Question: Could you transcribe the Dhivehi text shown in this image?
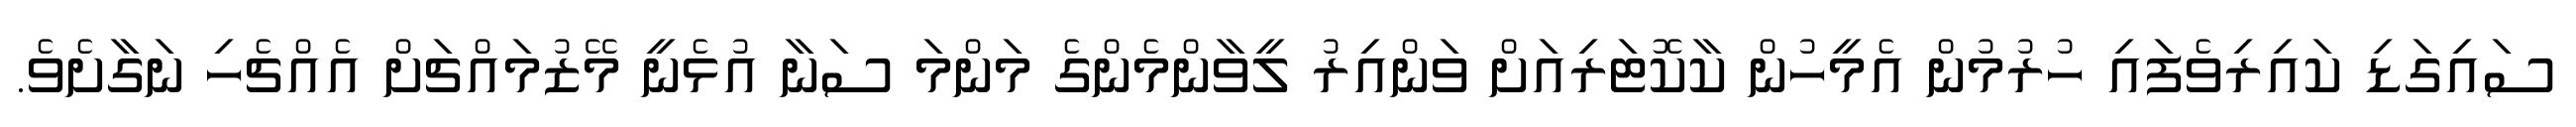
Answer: ސައިގަޑި ކައިރިވެފައި ހުރުމުން އެމީހުން ކާކޮޓަރިއަށް ވަންއިރު ލީވާންމެންގެ މަންމަ ސަނާ އުޅެނީ މޭޒުމައްޗަށް އެއްޗެހި ނަގާށެވެ.